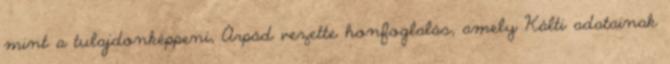
mint a tulajdonképpeni, Árpád vezette honfoglalás, amely Kálti adatainak